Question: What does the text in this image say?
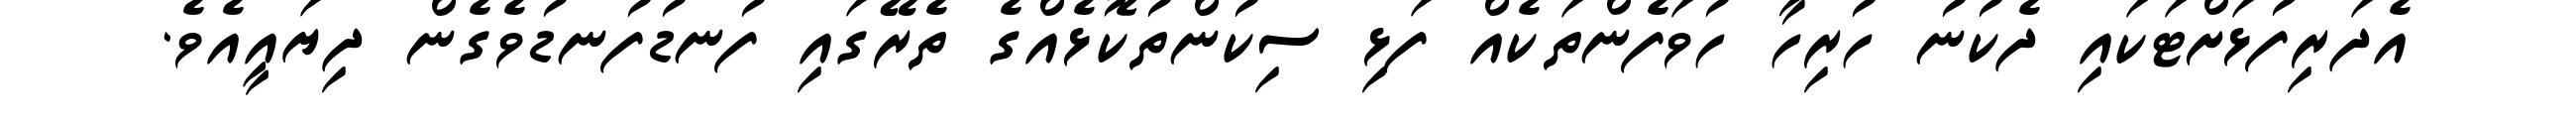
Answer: އެދަރިފުޅަށްޓަކައި ދެކުނު ހުރިހާ ހުވަފެންތަކެއް ފަޅި ސިކުންތުކޮޅެއްގެ ތެރޭގައި ފުނޑުފުނޑުވެގެން ދިޔައީއެވެ.